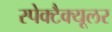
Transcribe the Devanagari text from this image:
स्पेक्टैक्यूलर